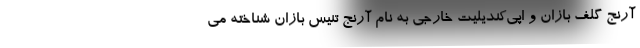
آرنج گلف بازان و اپی‌کندیلیت خارجی به نام آرنج تنیس بازان شناخته می